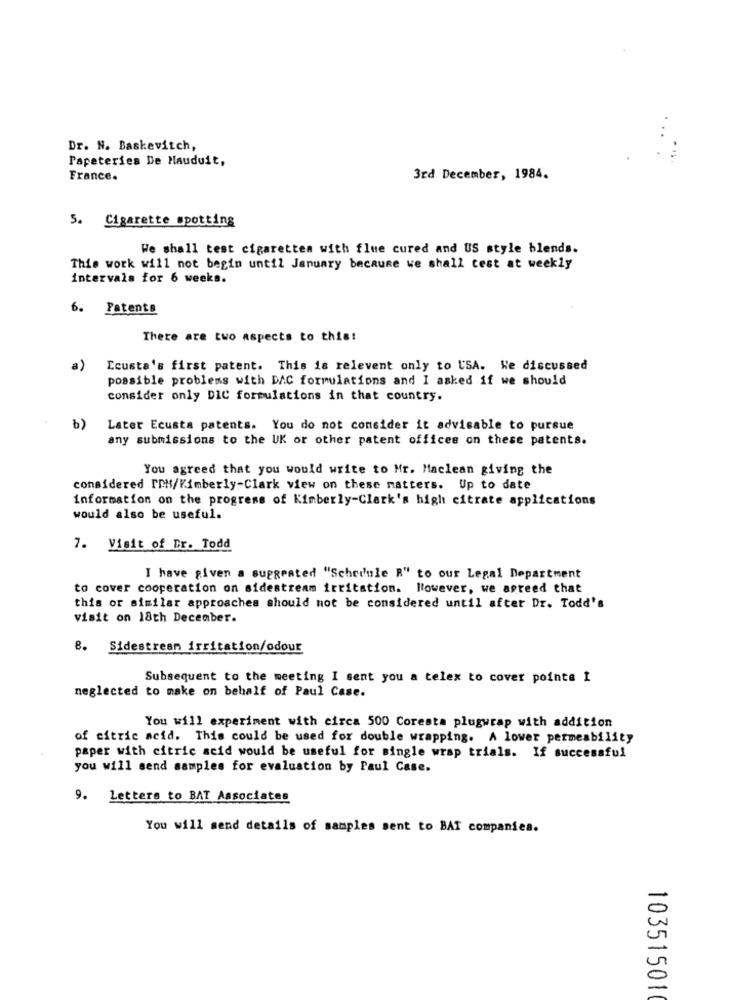
Dr. N. Baskevitch,
Papeteries De Mauduit,
France.
3rd December, 1984.
5. Cigarette spotting
We shall test cigaretten with flue cured and US style blends.
This work will not begin until January because we shall test at weekly
intervals for 6 weeks.
6. Patents
There are two aspects to this!
a)
Ecusta's first patent. This is relevent only to USA. We discussed
possible problems with DAC formulations and I asked if we should
consider only DIC formulations in that country.
b)
Later Ecusta patents. You do not consider it advisable to pursue
any submissions to the UK or other patent offices on these patents.
You agreed that you would write to Mr. Maclean giving the
considered IDH/Kimberly-Clark view on these matters. Up to date
information on the progress of Kimberly-Clark's high citrate applications
would also be useful.
7. Visit of Dr. Todd
I have given a suggested "Schedule R" to our Legal Department
to cover cooperation on sidestream irritation. However, we agreed that
this or similar approaches should not be considered until after Dr. Todd's
visit on 18th December.
8. Sidestream irritation/odour
Subsequent to the meeting I sent you a telex to cover pointe I
neglected to make on behalf of Paul Case.
You will experiment with circa 500 Coresta plugwrap with addition
of citric acid. This could be used for double wrapping. A lower permeability
paper with citric acid would be useful for single wrap trials. If successful
you will send samples for evaluation by Paul Case.
9. Letters to BAT Associates
You will send details of samples sent to BAT companies.
10351501